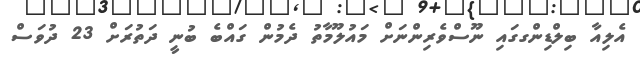
އެލިއާ ބިލްޑިންގގައި ނޫސްވެރިންނަށް މައުލޫމާތު ދެމުން ގައްބެ ބުނީ ދަތުރަށް 23 ދުވަސް